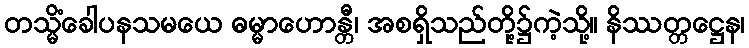
တသ္မိံခေါပနသမယေ ဓမ္မာဟောန္တီ၊ အစရှိသည်တို့၌ကဲ့သို့။ နိဿတ္တဋ္ဌေန၊